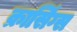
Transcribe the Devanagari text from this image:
क्रासिंग्स